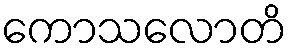
ကောသလောတိ